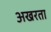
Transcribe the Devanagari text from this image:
अखरता